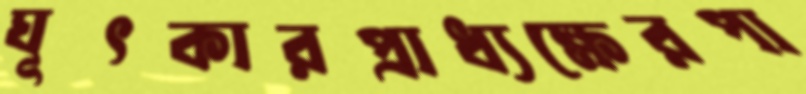
ঘূৎকারপ্রাধ্যক্ষেরপা